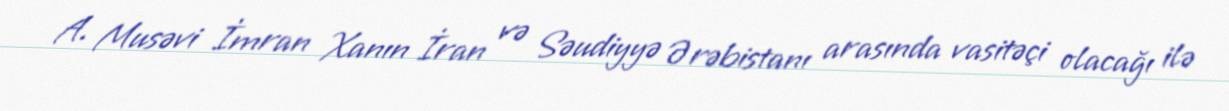
A. Musəvi İmran Xanın İran və Səudiyyə Ərəbistanı arasında vasitəçi olacağı ilə